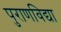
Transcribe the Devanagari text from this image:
पुराणविद्या